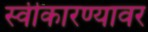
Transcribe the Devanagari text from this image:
स्वीकारण्यावर